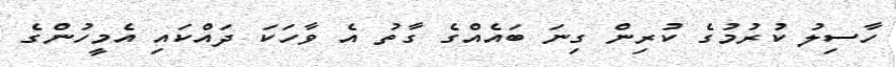
ހާސިލު ކުރުމުގެ ކުރިން ގިނަ ބައެއްގެ ގާތު އެ ވާހަކަ ދައްކައި އެމީހުންގެ